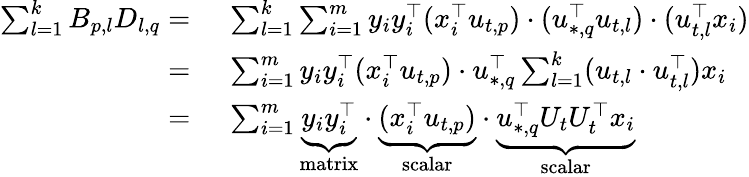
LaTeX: \begin{array}{rl}{\sum_{l=1}^{k}B_{p,l}D_{l,q}=}&{~\sum_{l=1}^{k}\sum_{i=1}^{m}y_{i}y_{i}^{\top}(x_{i}^{\top}u_{t,p})\cdot(u_{*,q}^{\top}u_{t,l})\cdot(u_{t,l}^{\top}x_{i})}\\ {=}&{~\sum_{i=1}^{m}y_{i}y_{i}^{\top}(x_{i}^{\top}u_{t,p})\cdot u_{*,q}^{\top}\sum_{l=1}^{k}(u_{t,l}\cdot u_{t,l}^{\top})x_{i}}\\ {=}&{~\sum_{i=1}^{m}\underbrace{y_{i}y_{i}^{\top}}_{\mathrm{matrix}}\cdot\underbrace{(x_{i}^{\top}u_{t,p})}_{\mathrm{scalar}}\cdot\underbrace{u_{*,q}^{\top}U_{t}U_{t}^{\top}x_{i}}_{\mathrm{scalar}}}\end{array}